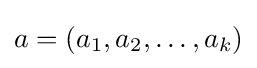
a=(a_{1},a_{2},\dotsc ,a_{k})